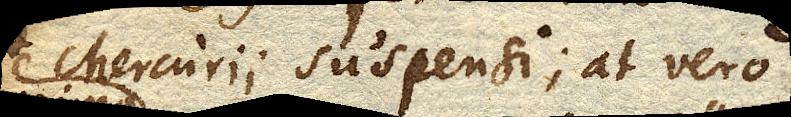
Mercurii suspensi; at vero